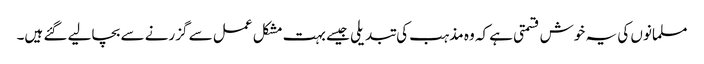
مسلمانوں کی یہ خوش قسمتی ہے کہ وہ مذہب کی تبدیلی جیسے بہت مشکل عمل سے گزرنے سے بچالیے گئے ہیں۔